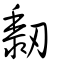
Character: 䵑